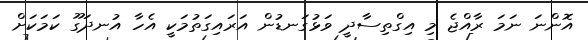
އޮންނަ ނަމަ ރާއްޖެ މި އިގްތިސާދީ ވަޅުގަނޑުން އަރައިގަތުމަކީ އެހާ އުނދަގޫ ކަމަކަށް